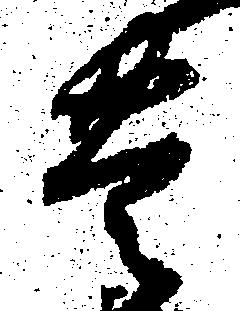
豊